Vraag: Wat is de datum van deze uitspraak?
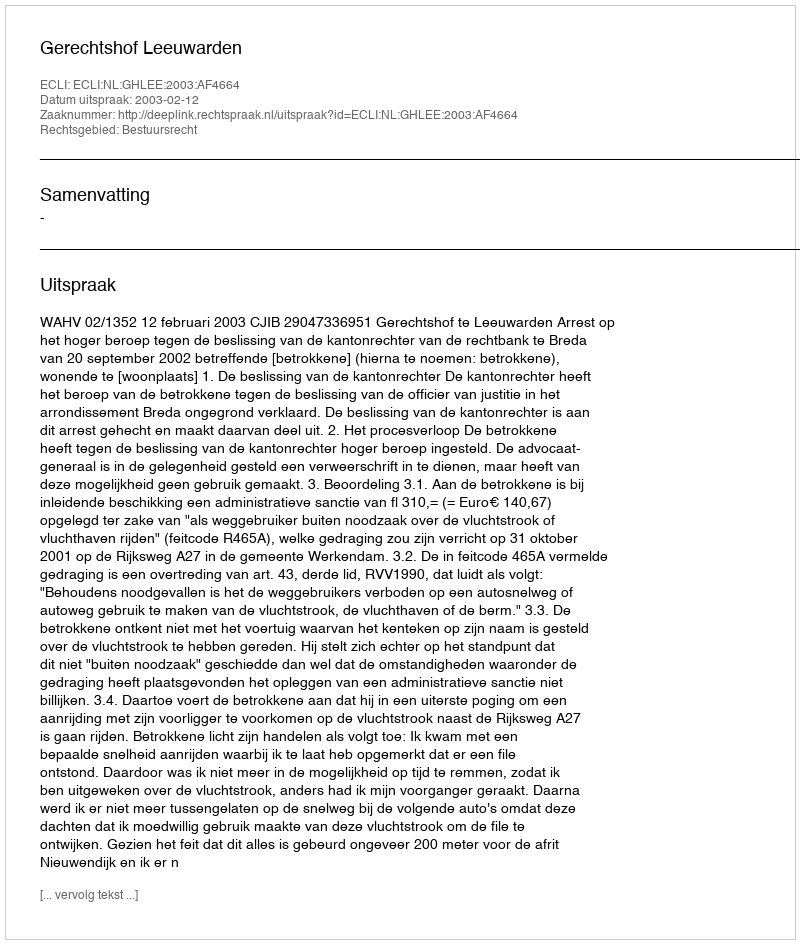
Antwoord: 2003-02-12